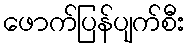
ဖောက်ပြန်ပျက်စီး